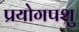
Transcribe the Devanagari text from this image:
प्रयोगपशु